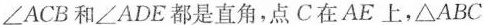
∠ACB和∠ADE都是直角，点C在AE上，△ABC